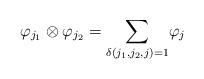
LaTeX: \begin{align*}\varphi_{j_{1}}\otimes\varphi_{j_{2}}={\displaystyle\sum\limits_{\delta(j_{1},j_{2},j)=1}}\varphi_{j} \end{align*}